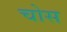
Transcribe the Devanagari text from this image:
चोस